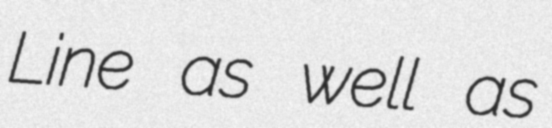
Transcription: Line as well as